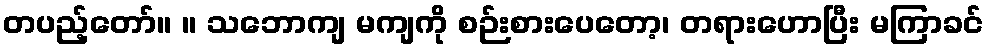
တပည့်တော်။ ။ သဘောကျ မကျကို စဉ်းစားပေတော့၊ တရားဟောပြီး မကြာခင်